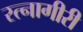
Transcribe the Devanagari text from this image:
रत्नागीरी